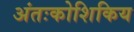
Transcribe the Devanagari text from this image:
अंतःकोशिकिय